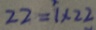
2 2 = 1 \times 2 2